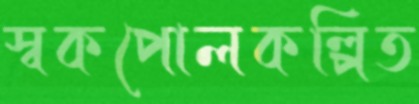
স্বকপোলকল্পিত